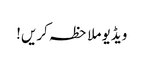
ویڈیو ملاحظہ کریں!